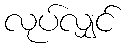
လုပ်လျှင်